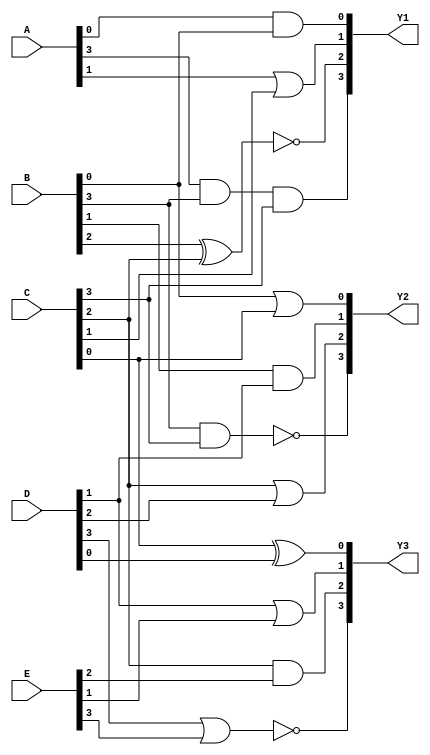
module comb_logic_block (
    input wire [3:0] A, // Example input A
    input wire [3:0] B, // Example input B
    input wire [3:0] C, // Example input C
    input wire [3:0] D, // Example input D
    input wire [3:0] E, // Example input E
    output wire [3:0] Y1, // Output for Group 1
    output wire [3:0] Y2, // Output for Group 2
    output wire [3:0] Y3  // Output for Group 3
);

// Group 1: Logic function for {A, B, C}
assign Y1[0] = A[0] & B[0];             // AND operation
assign Y1[1] = A[1] | C[1];             // OR operation
assign Y1[2] = ~(B[2] ^ C[2]);          // NOT XOR operation
assign Y1[3] = A[3] & B[3] & C[3];      // AND operation

// Group 2: Logic function for {B, C, D}
assign Y2[0] = B[0] | C[0];             // OR operation
assign Y2[1] = B[1] & D[1];             // AND operation
assign Y2[2] = C[2] | D[2];             // OR operation
assign Y2[3] = ~(B[3] & C[3]);          // NOT AND operation

// Group 3: Logic function for {C, D, E}
assign Y3[0] = C[0] ^ D[0];             // XOR operation
assign Y3[1] = D[1] | E[1];             // OR operation
assign Y3[2] = C[2] & E[2];             // AND operation
assign Y3[3] = ~(D[3] | E[3]);          // NOT OR operation

endmodule